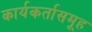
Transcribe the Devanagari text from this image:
कार्यकर्तासमूह